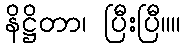
နိဋ္ဌိတာ၊ ပြီးပြီ။။